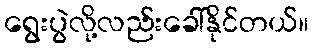
ရွေးပွဲလို့လည်းခေါ်နိုင်တယ်။